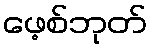
ဖေ့စ်ဘုတ်